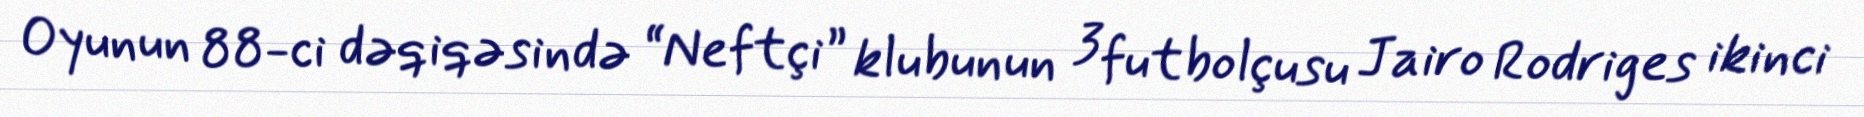
Oyunun 88-ci dəqiqəsində “Neftçi” klubunun 3 futbolçusu Jairo Rodriges ikinci